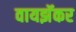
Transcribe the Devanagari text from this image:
वायझॅकर